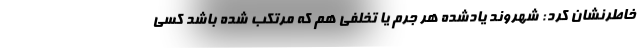
خاطرنشان کرد: شهروند یادشده هر جرم یا تخلفی هم که مرتکب شده باشد کسی